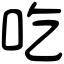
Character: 吃